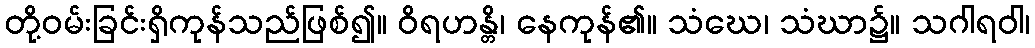
တို့ဝမ်းခြင်းရှိကုန်သည်ဖြစ်၍။ ဝိရဟန္တိ၊ နေကုန်၏။ သံဃေ၊ သံဃာ၌။ သဂါရဝါ၊